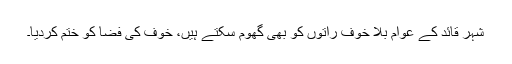
شہر قائد کے عوام بلا خوف راتوں کو بھی گھوم سکتے ہیں، خوف کی فضا کو ختم کردیا۔